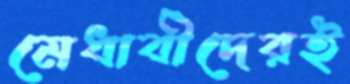
মেধাবীদেরই